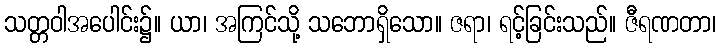
သတ္တဝါအပေါင်း၌။ ယာ၊ အကြင်သို့ သဘောရှိသော။ ဇရာ၊ ရင့်ခြင်းသည်။ ဇီရဏတာ၊